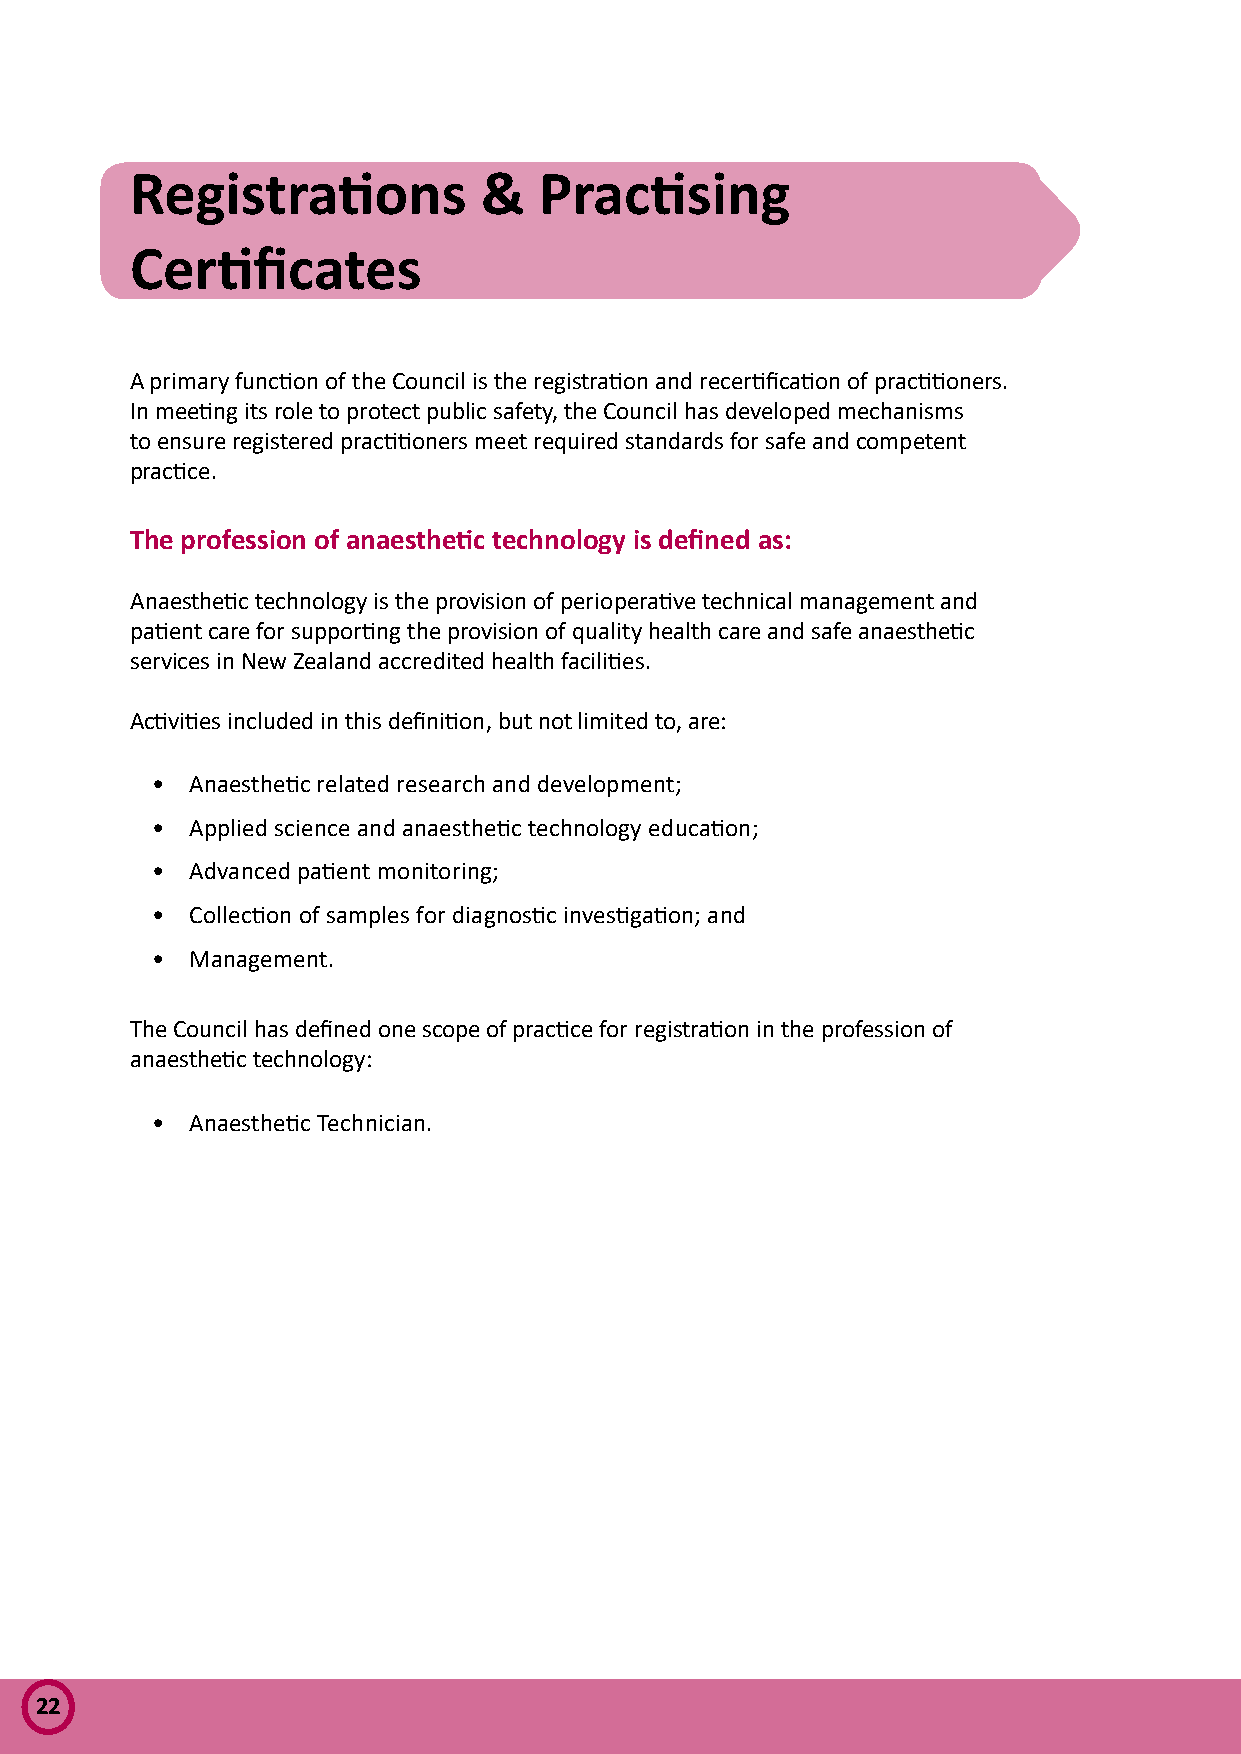
Registrations          &   Practising
 Certificates
 A primary function of the Council is the registration and recertification of practitioners.
 In meeting its role to protect public safety, the Council has developed mechanisms
 to ensure registered practitioners meet required standards for safe and competent
 practice.
 The profession of anaesthetic technology is defined as:
 Anaesthetic technology is the provision of perioperative technical management and
 patient care for supporting the provision of quality health care and safe anaesthetic
 services in New Zealand accredited health facilities.
 Activities included in this definition, but not limited to, are:
 •  Anaesthetic related research and development;
 •  Applied science and anaesthetic technology education;
 •  Advanced patient monitoring;
 •  Collection of samples for diagnostic investigation; and
 •  Management.
 The Council has defined one scope of practice for registration in the profession of
 anaesthetic technology:
 •  Anaesthetic Technician.
 22